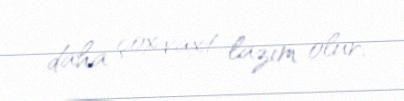
daha çox vaxt lazım olur.